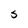
Character: S